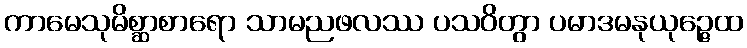
ကာမေသုမိစ္ဆာစာရော သာမညဖလဿ ပသဝိတွာ ပမာဒမနုယုဉ္ဇေထ